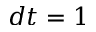
d t = 1